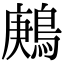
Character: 鶊